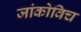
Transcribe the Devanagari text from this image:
जांकोविच